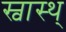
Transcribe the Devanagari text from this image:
स्वास्थ्